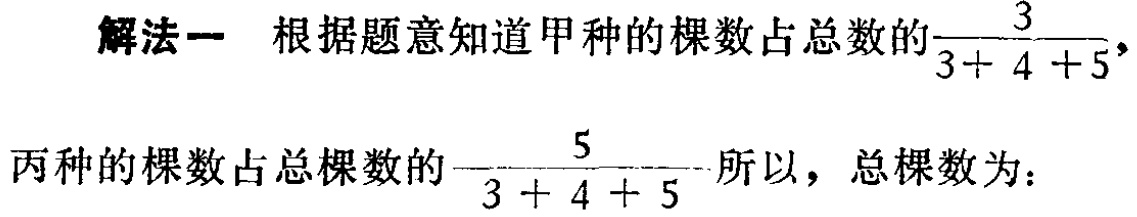
解法一 根据题意知道甲种的棵数占总数的$\frac{3}{3 + 4 + 5}$，

丙种的棵数占总棵数的$\frac{5}{3 + 4 + 5}$所以，总棵数为：